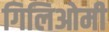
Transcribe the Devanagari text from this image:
गिलिओमी